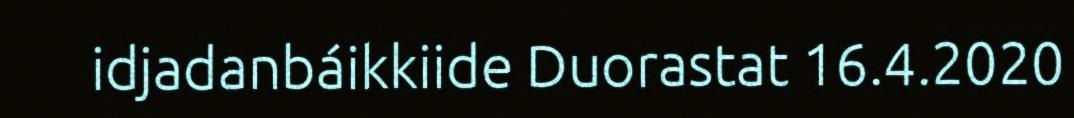
idjadanbáikkiide Duorastat 16.4.2020